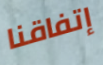
إتفاقنا